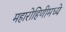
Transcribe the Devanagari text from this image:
महारोहिणीमध्ये